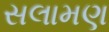
સલામણ